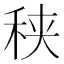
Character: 𥞦